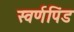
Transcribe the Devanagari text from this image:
स्वर्णपिंड